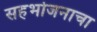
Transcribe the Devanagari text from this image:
सहभोजनाचा